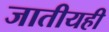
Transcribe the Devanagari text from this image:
जातीयही